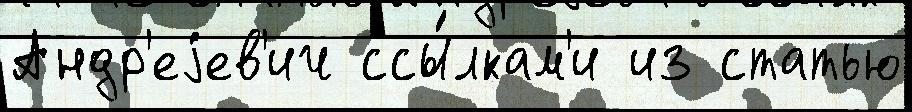
Андр'еjев'ич ссы́лкам'и из статью